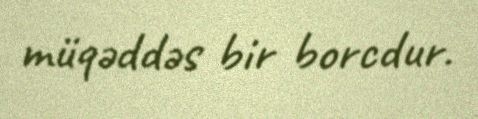
müqəddəs bir borcdur.